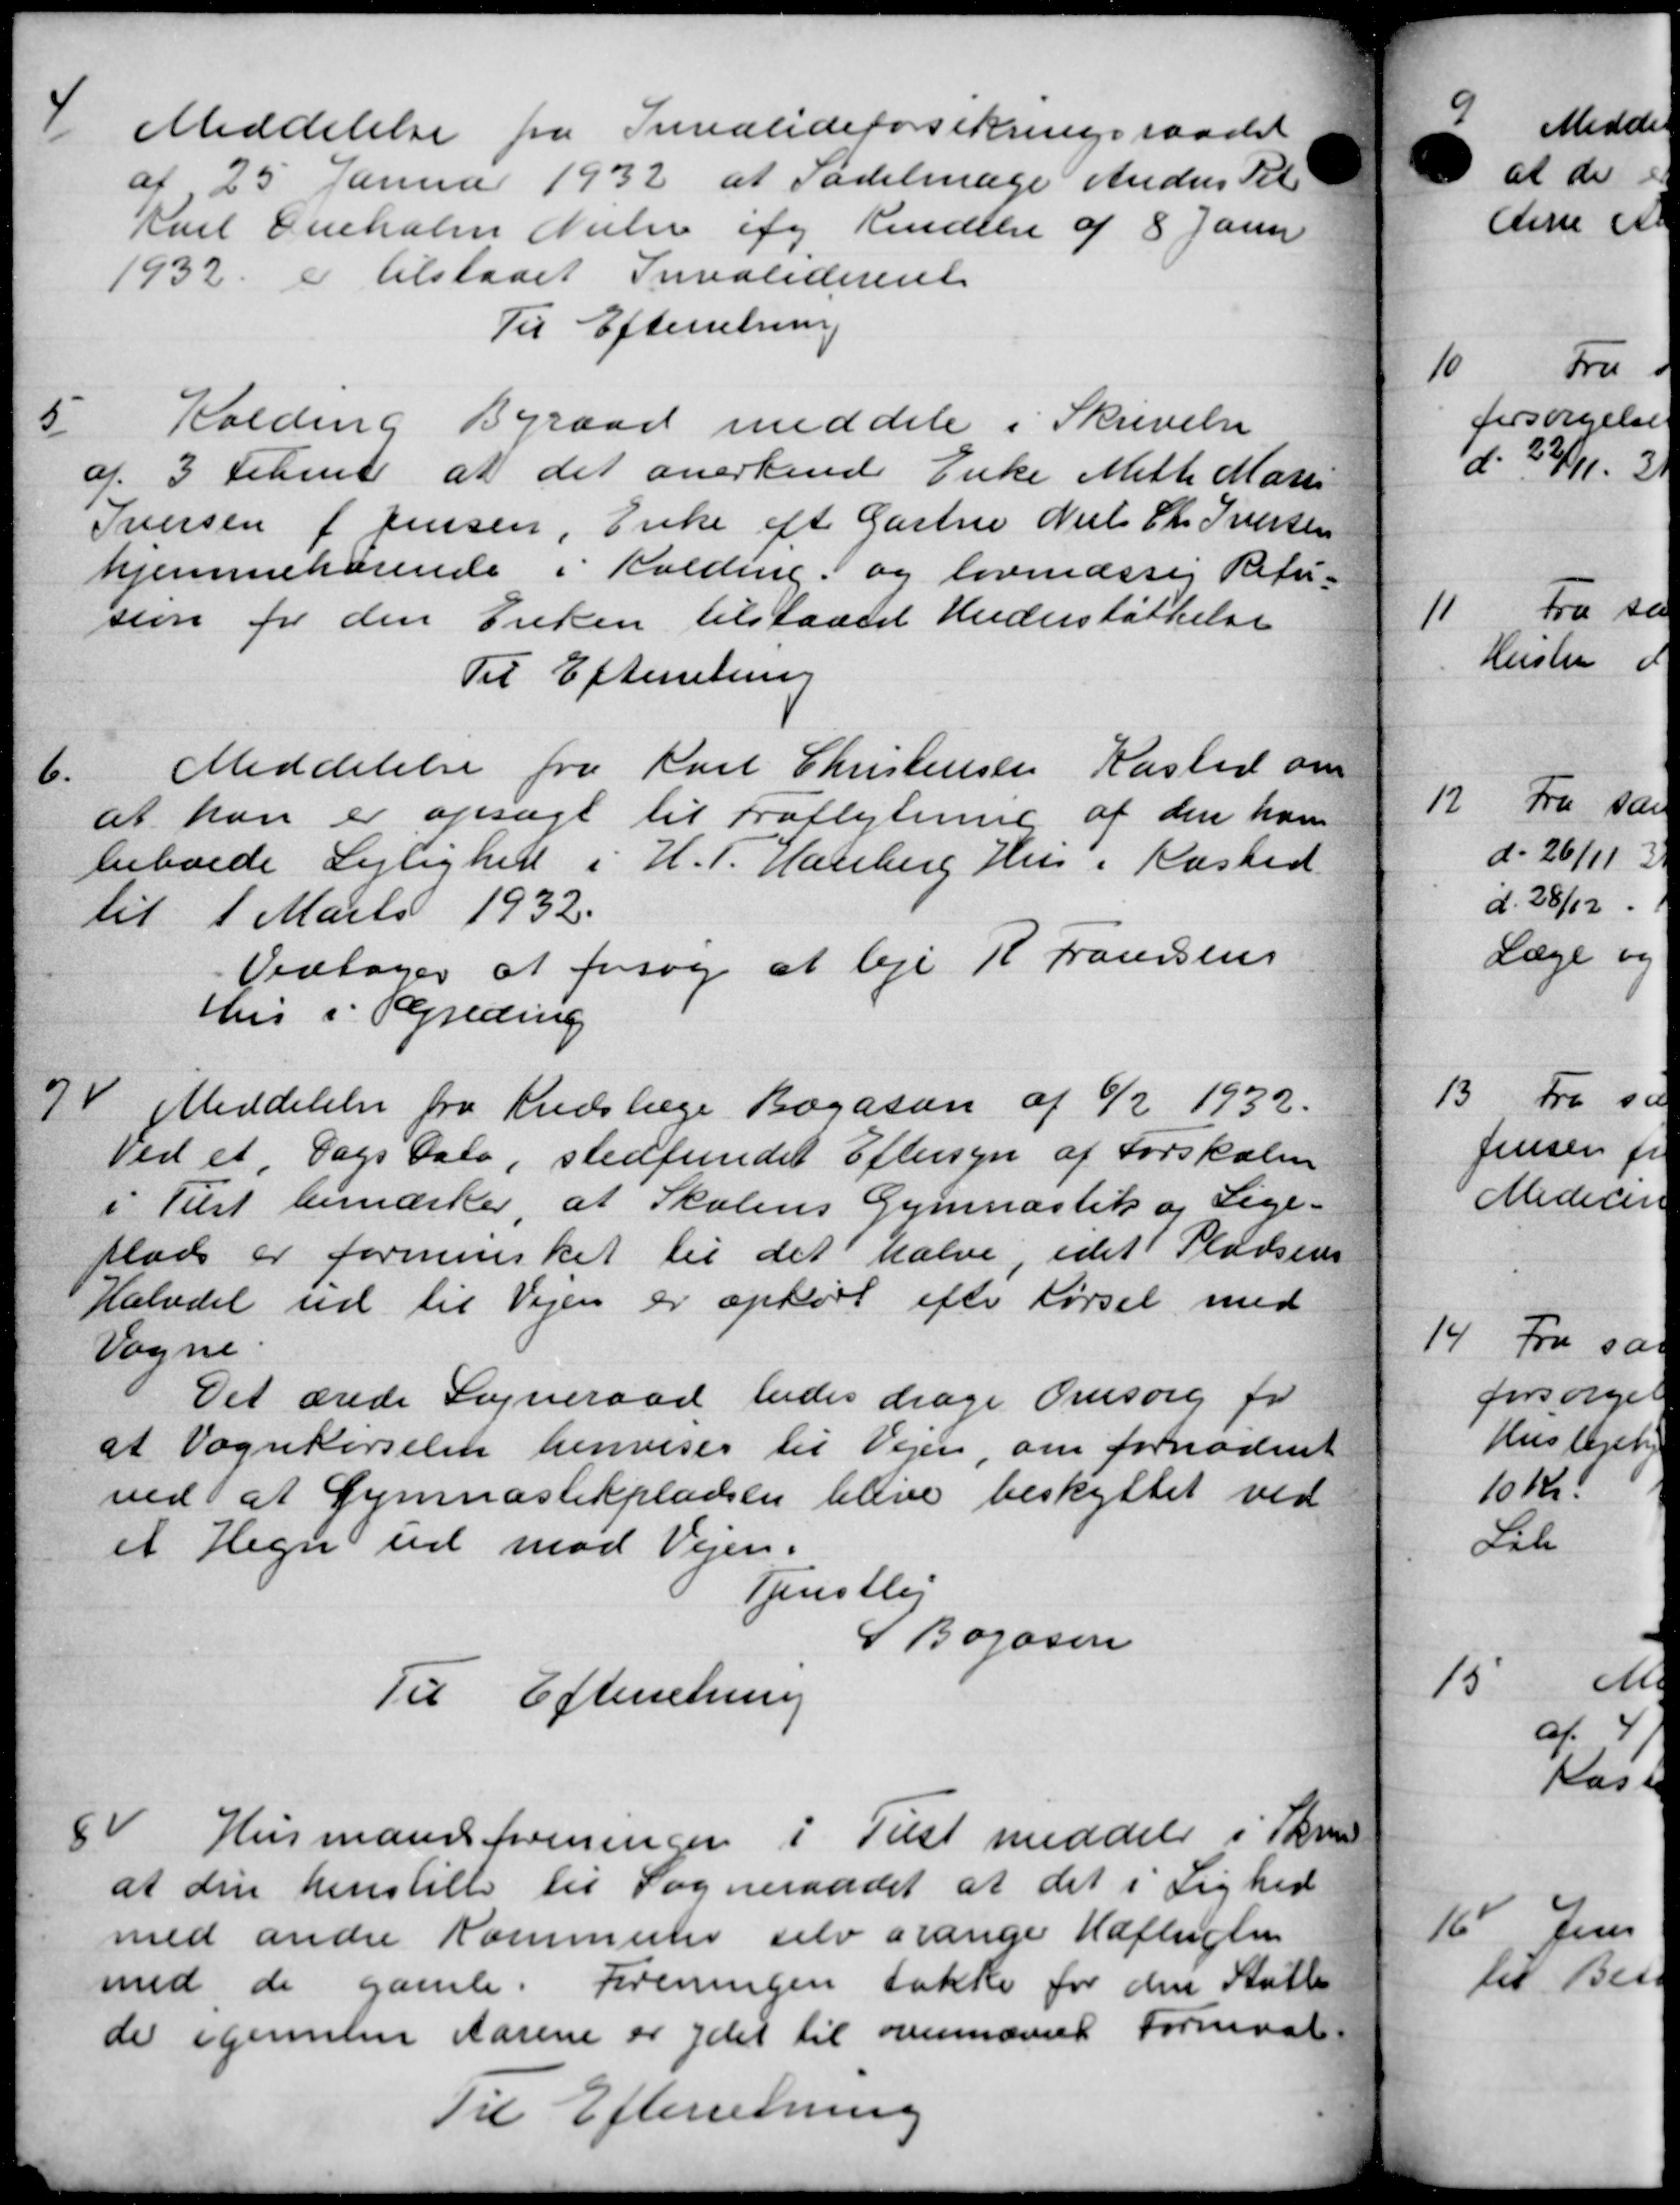
Transskription:
4
Meddelelse fra Invalideforsikringsraadet
af 25 Januar 1932 at Sadelmage Anders Pete
Karl Ouehalm Nielsen af Kendelse af 8 Janu
1932 er tilstaaet Invaliderente
Til Efterretning
5
Kolding Byraad meddele i Skrivelse
af 3 Februar at det anerkende Enke Meth Mari
Iversen f Jensen, Enke eft Gartne Niels Chr. Iversen
hjemmehørende i Kolding, og lovenæssig Refu-
sion for den Enken tilstaaes Understøttelse
Til Efterretning
6
Meddelelse fra Karl Christensen Kasted om
at han er opsagt til Fraflytning af den ham
beboede Lejlighed i H. P. Hanberg Hus i Kasted.
til 1 Marts 1932.
Vedtoges at forsøg at leje R. Fransens
Hus i Ferding
7
Meddelelse fra Kredslæge Bogason af 6/2 1932.
Ved et Dags Dato, stedfundet Eftersyn af Forskolen
i Tilst bemærker at Skolens Gymnastik og Lige-
plads er forminsket til det halve, idet Pladsens
Halvdel ud til Vejen er ophørt efter Kørsel med
Vogne
Det ærede Sogneraad bedes drage Omsorg for
at Vognkørselen henvises til Vejen, om fornødent
ved at Gymnastikpladsen blive beskyttet ved
et Hegn ud mod Vejen.
Tjenstlej
Bagosen
Til Efterretning
8
Husmand foreninger i Tilst meddele i Skrive
at den henstille til Sogneraadet at det i Lighed
med andre Kommune selv arange Hæftesten
med de gamle. Foreningen takke for den Stutte
de igennem Aarene er ydet til ovennævnte Formaal
Til Efterretning